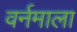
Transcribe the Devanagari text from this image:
वर्नमाला